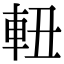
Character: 𨋀